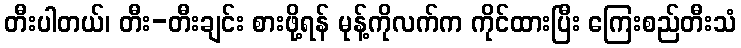
တီးပါတယ်၊ တီး-တီးချင်း စားဖို့ရန် မုန့်ကိုလက်က ကိုင်ထားပြီး ကြေးစည်တီးသံ